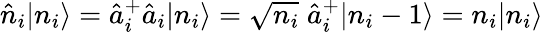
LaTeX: \hat{n}_{i}|n_{i}\rangle=\hat{a}_{i}^{+}\hat{a}_{i}|n_{i}\rangle=\sqrt{n_{i}}\; \hat{a}_{i}^{+}|n_{i}-1\rangle=n_{i}|n_{i}\rangle